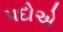
પદોએ